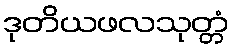
ဒုတိယဖလသုတ္တံ